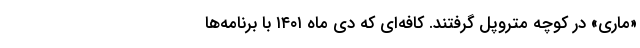
«ماری» در کوچه متروپل گرفتند. کافه‌ای که دی ماه ۱۴۰۱ با برنامه‌ها